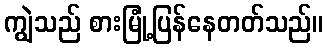
ကျွဲသည် စားမြုံ့ပြန်နေတတ်သည်။